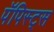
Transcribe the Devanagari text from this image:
पॅपिस्ट्स